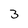
Character: 3